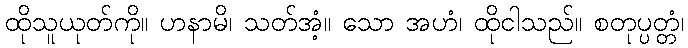
ထိုသူယုတ်ကို။ ဟနာမိ၊ သတ်အံ့။ သော အဟံ၊ ထိုငါသည်။ စတုပ္ပတ္တံ၊